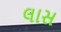
લાસ